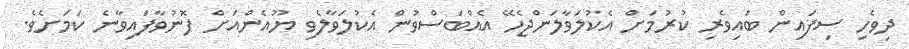
ދިވެހި ސިފައިން ބައިވެރި ކުރުމަށް އެކުލަވާލަންޖެހޭ އެއްބަސްވުން އެކުލަވާލެވި ޔޫއެންއަށް ފޮނުވާފައިވާނެ ކަމަށެވެ.